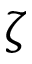
\zeta